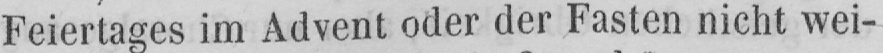
Feiertages im Advent oder der Fasten nicht wei-